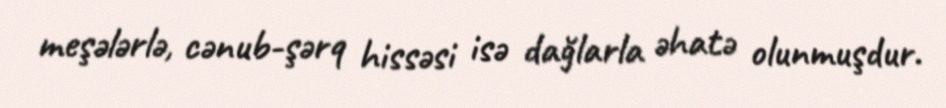
meşələrlə, cənub-şərq hissəsi isə dağlarla əhatə olunmuşdur.